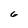
Character: 6